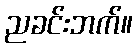
ညခင်းဘက်။